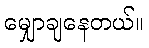
မျှောချနေတယ်။